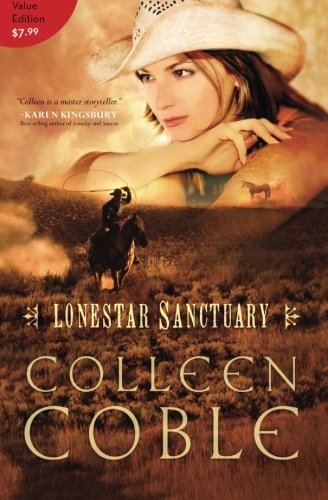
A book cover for Lonestar Sanctuary (Lonestar Series); Colleen Coble; Christian Books & Bibles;